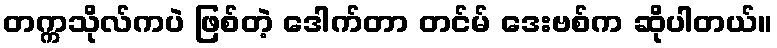
တက္ကသိုလ်ကပဲ ဖြစ်တဲ့ ဒေါက်တာ တင်မ် ဒေးဗစ်က ဆိုပါတယ်။